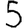
Digit: 5